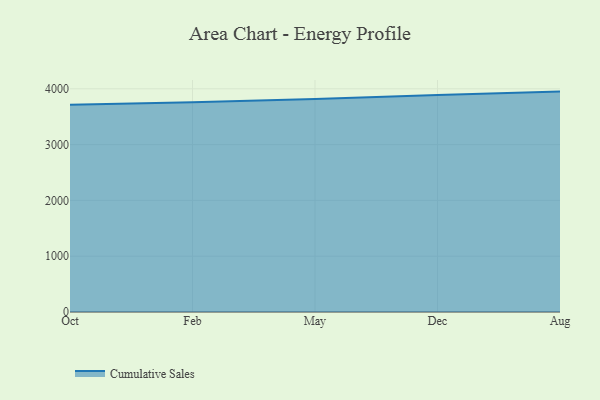
{"axis": {"x": "Month", "y": "Page Views"}, "legend": ["Cumulative Sales"], "data": [{"x": "Oct", "y": 3714.6, "type": "Cumulative Sales"}, {"x": "Feb", "y": 3757.8, "type": "Cumulative Sales"}, {"x": "May", "y": 3815.7, "type": "Cumulative Sales"}, {"x": "Dec", "y": 3890.7, "type": "Cumulative Sales"}, {"x": "Aug", "y": 3949.6, "type": "Cumulative Sales"}]}